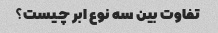
تفاوت بین سه نوع ابر چیست؟